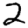
Digit: 2